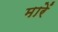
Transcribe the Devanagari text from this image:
मारेंं